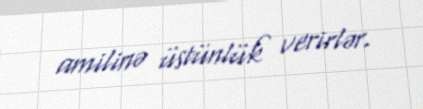
amilinə üstünlük verirlər.